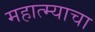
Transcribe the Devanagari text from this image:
महात्म्याचा